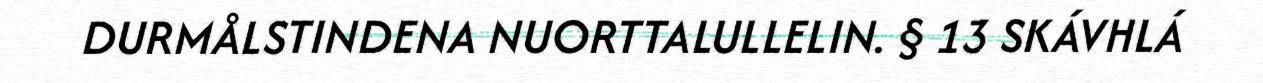
DURMÅLSTINDENA NUORTTALULLELIN. § 13 SKÁVHLÁ